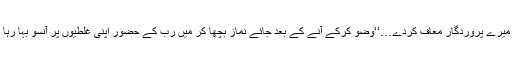
اے میرے پروردگار معاف کردے…‘‘وضو کرکے آنے کے بعد جائے نماز بچھا کر میں رب کے حضور اپنی غلطیوں پر آنسو بہا رہا تھا۔